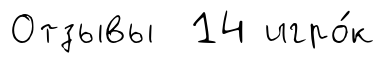
Отзывы 14 игро́к